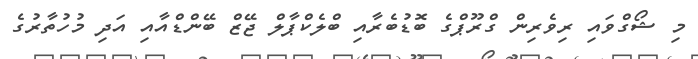
މި ޝޯގްވައި ރިވެރިން ގްރޫޕްގެ ބޮޑުބެރާއި ބްލެކްޕާލް ޖޭޒް ބޭންޑްއާއި އަދި މުހުތާރުގެ